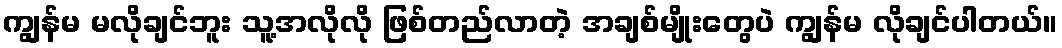
ကျွန်မ မလိုချင်ဘူး သူ့အလိုလို ဖြစ်တည်လာတဲ့ အချစ်မျိုးတွေပဲ ကျွန်မ လိုချင်ပါတယ်။